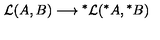
{ \cal L } ( A , B ) \longrightarrow \mathrm { } ^ { * } { \cal L } ( \mathrm { } ^ { * } A , \mathrm { } ^ { * } B )